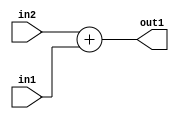
`timescale 1ps / 1ps
/*****************************************************************************
    Verilog RTL Description
    
    
    Created by: Stratus DpOpt 2019.1.01 
*******************************************************************************/

module st_weight_addr_gen_Add_33Sx32U_33S_4_5 (
	in2,
	in1,
	out1
	); /* architecture "behavioural" */ 
input [32:0] in2;
input [31:0] in1;
output [32:0] out1;
wire [32:0] asc001;

assign asc001 = 
	+(in2)
	+(in1);

assign out1 = asc001;
endmodule

/* CADENCE  ubTzSQo= : u9/ySgnWtBlWxVPRXgAZ4Og= ** DO NOT EDIT THIS LINE ******/